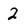
Character: 2